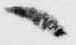
へ